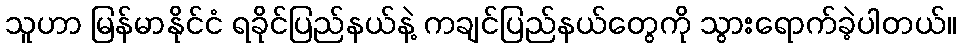
သူဟာ မြန်မာနိုင်ငံ ရခိုင်ပြည်နယ်နဲ့ ကချင်ပြည်နယ်တွေကို သွားရောက်ခဲ့ပါတယ်။